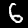
Digit: 6